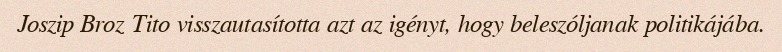
Joszip Broz Tito visszautasította azt az igényt, hogy beleszóljanak politikájába.